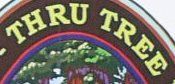
THRU TREE